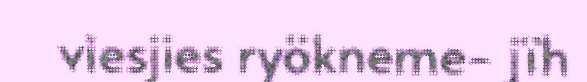
viesjies ryökneme- jïh